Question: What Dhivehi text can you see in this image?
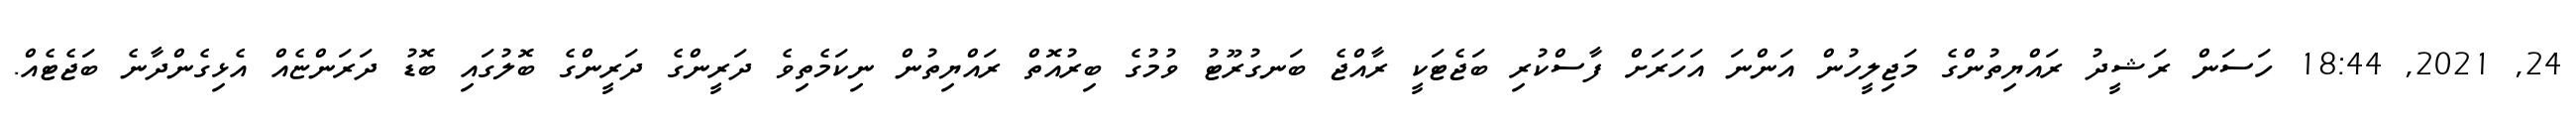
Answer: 24, 2021, 18:44 ހަސަން ރަޝީދު ރައްޔިތުންގެ މަޖިލީހުން އަންނަ އަހަރަށް ފާސްކުރި ބަޖެޓަކީ ރާއްޖެ ބަނގުރޫޓު ވުމުގެ ބިރުއޮތް ރައްޔިތުން ނިކަމެތިވެ ދަރީންގެ ދަރީންގެ ބޮލުގައި ބޮޑު ދަރަންޏެއް އެޅިގެންދާނެ ބަޖެޓެއް.